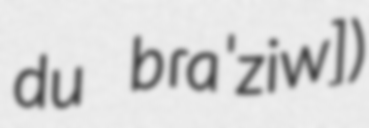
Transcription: du bɾaˈziw])